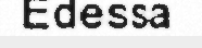
Edessa